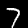
Label: 7